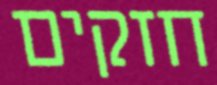
חזקים